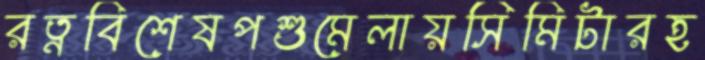
রত্নবিশেষপশুমেলায়সিমিটারহ